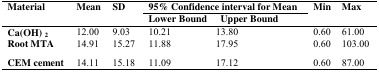
<table><thead><tr><td rowspan="2"><b>Material</b></td><td rowspan="2"><b>Mean</b></td><td rowspan="2"><b>SD</b></td><td colspan="3"><b>95% Confidence interval for Mean</b></td><td rowspan="2"><b>Min</b></td><td rowspan="2"><b>Max</b></td></tr><tr><td colspan="2"><b>Lower Bound</b></td><td><b>Upper Bound</b></td></tr></thead><tbody><tr><td><b>Ca(OH)</b><sub>2</sub></td><td>12.00</td><td>9.03</td><td>10.21</td><td colspan="2">13.80</td><td>0.60</td><td>61.00</td></tr><tr><td><b>Root MTA</b></td><td>14.91</td><td>15.27</td><td>11.88</td><td colspan="2">17.95</td><td>0.60</td><td>103.00</td></tr><tr><td><b>CEM cement</b></td><td>14.11</td><td>15.18</td><td>11.09</td><td colspan="2">17.12</td><td>0.60</td><td>87.00</td></tr></tbody></table>